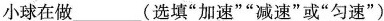
小球在做___(选填”加速””减速”或”匀速”)